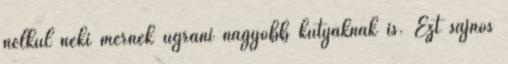
nélkül neki mernek ugrani nagyobb kutyáknak is. Ezt sajnos